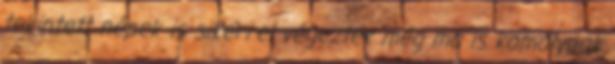
tekintett népek is sikerrel végeztek még ma is komolynak